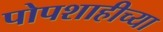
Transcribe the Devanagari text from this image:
पोपशाहीच्या